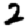
Digit: 2